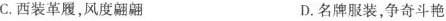
C.西装革履，风度翩翩 D.名牌服装，争奇斗艳